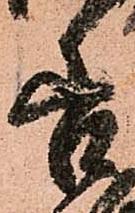
善